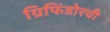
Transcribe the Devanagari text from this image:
ग्रिफिंडोरची